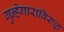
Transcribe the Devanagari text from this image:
गुन्हेगाराविरुद्ध